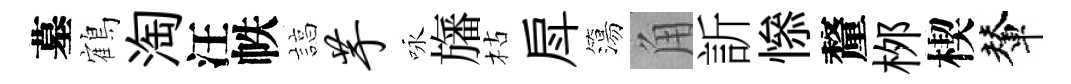
墓鶴淘汪帙諄芋咏旛枯戽簜角訢𢡖釐桞楔輦